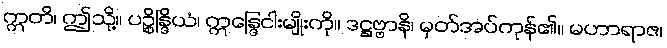
ဣတိ၊ ဤသို့။ ပဉ္စိန္ဒြိယံ၊ ဣန္ဒြေငါးမျိုးကို။ ဒဋ္ဌဗ္ဗာနိ၊ မှတ်အပ်ကုန်၏။ မဟာရာဇ၊